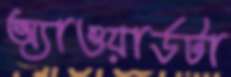
অ্যাওয়ার্ডটা